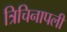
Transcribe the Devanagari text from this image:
त्रिचिनापली